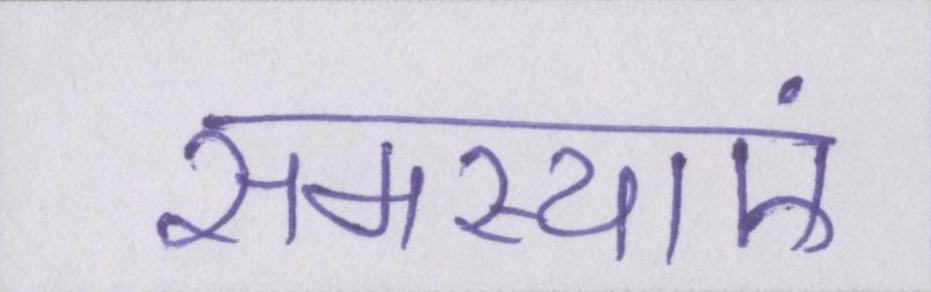
समस्याएं